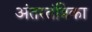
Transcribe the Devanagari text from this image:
अंतरतंत्रिका